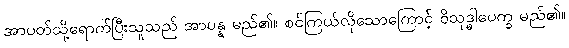
အာပတ်သို့ရောက်ပြီးသူသည် အာပန္န မည်၏။ စင်ကြယ်လိုသောကြောင့် ဝိသုဒ္ဓါပေက္ခ မည်၏။